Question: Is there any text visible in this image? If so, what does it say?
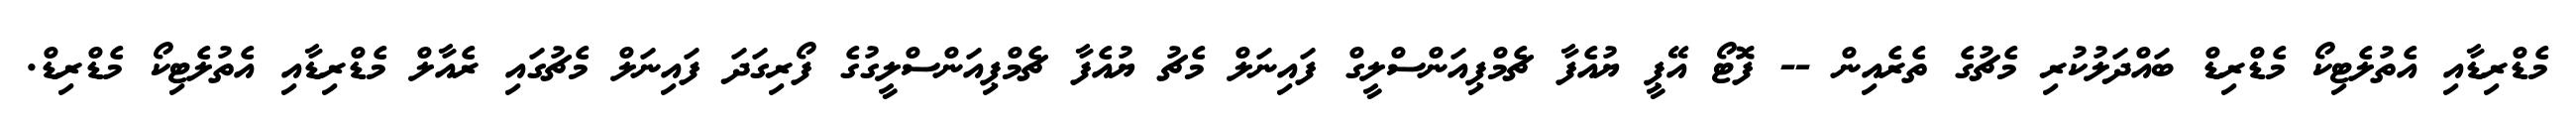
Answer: މެޑްރިޑާއި އެތުލެޓިކޯ މެޑްރިޑް ބައްދަލުކުރި މެޗުގެ ތެރެއިން -- ފޮޓޯ އޭޕީ ޔުއެފާ ޗެމްޕިއަންސްލީގް ފައިނަލް މެޗު ޔުއެފާ ޗެމްޕިއަންސްލީގުގެ ފޯރިގަދަ ފައިނަލް މެޗުގައި ރެއާލް މެޑްރިޑާއި އެތުލެޓިކޯ މެޑްރިޑް.